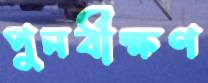
পুনর্বীক্ষণ